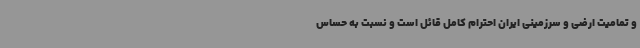
و تمامیت ارضی و سرزمینی ایران احترام کامل قائل است و نسبت به حساس